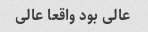
عالی بود واقعا عالی